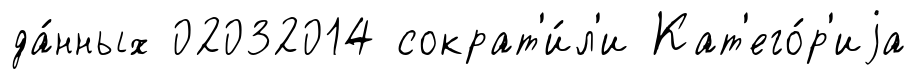
да́нных 02032014 сократ'и́л'и Кат'его́р'иjа